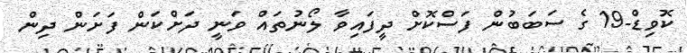
ކޮވިޑް-19 ގެ ސަބަބުން ފަސްކޮށް ދީފައިވާ ލޯނުތައް ވަނީ ދަށްކަން ފަަށަން ދިން